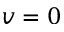
v = 0